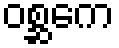
ဝစ္ဆကေ